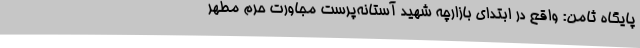
پایگاه ثامن: واقع در ابتدای بازارچه شهید آستانه‌پرست مجاورت حرم مطهر